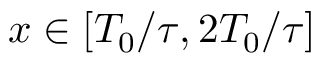
x \in [ T _ { 0 } / \tau , 2 T _ { 0 } / \tau ]